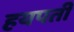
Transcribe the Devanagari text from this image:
हयपती